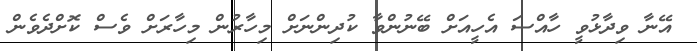
އޭނާ ވިދާޅުވީ ހާއްސަ އެހީއަށް ބޭނުންވާ ކުދިންނަށް މިހާރުން މިހާރަށް ވެސް ކޮށްދެވެން